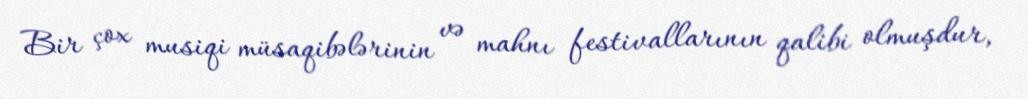
Bir çox musiqi müsaqibələrinin və mahnı festivallarının qalibi olmuşdur,